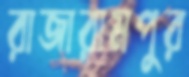
রাজারামপুর